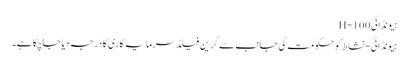
ہیونڈائی H-100
ہیونڈائی-نشاط کو حکومت کی جانب سے گرین فیلڈ سرمایہ کاری کا درجہ دیا جاچکا ہے۔